Lunatic asylums in Bengal annual reports 1912-1924 - 1912-1924
Year: 1912
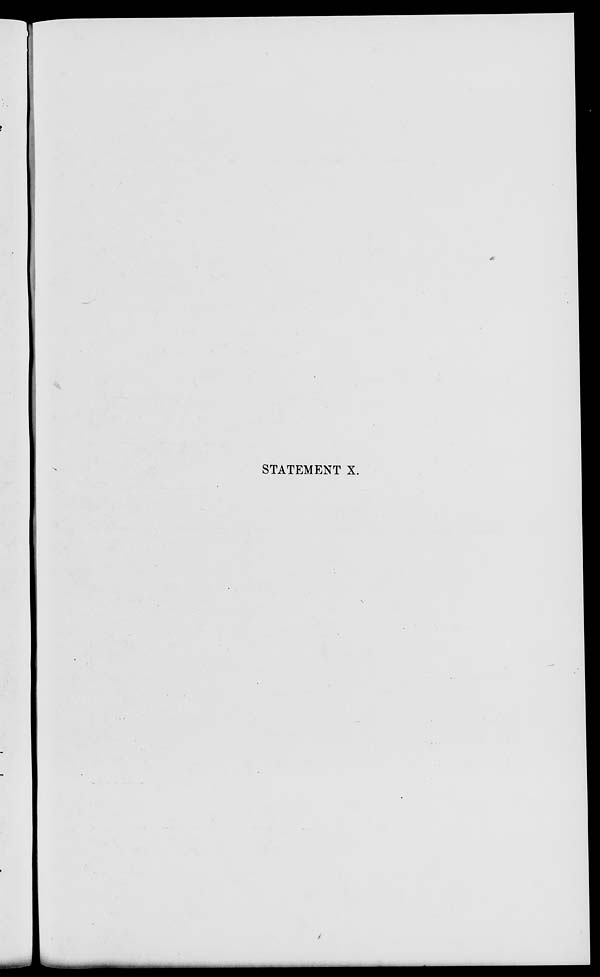
STATEMENT X.